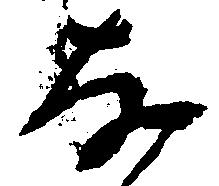
な